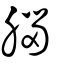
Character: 腦